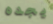
يجده